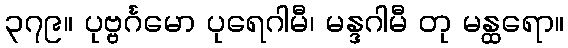
၃၇၉။ ပုဗ္ဗင်္ဂမော ပုရေဂါမီ၊ မန္ဒဂါမီ တု မန္ထရော။